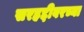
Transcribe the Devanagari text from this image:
सरहद्दीवरच्या